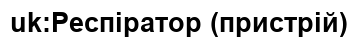
uk:Респіратор (пристрій)